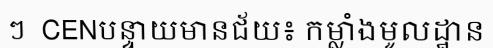
ៗ  CENបន្ទាយមានជ័យ៖ កម្លាំងមូលដ្ឋាន